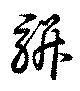
駢